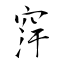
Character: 窏